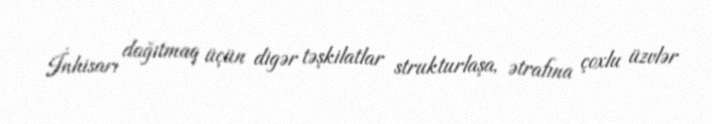
İnhisarı dağıtmaq üçün digər təşkilatlar strukturlaşa, ətrafına çoxlu üzvlər